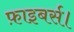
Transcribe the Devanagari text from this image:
फ़ाइबर्स।